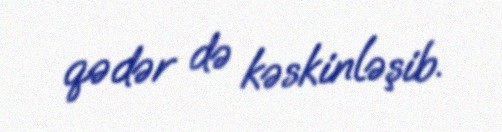
qədər də kəskinləşib.